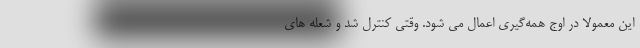
این معمولا در اوج همه‌گیری اعمال می شود. وقتی کنترل شد و شعله های